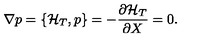
\nabla p = \{ { \cal H } _ { T } , p \} = - { \frac { \partial { \cal H } _ { T } } { \partial X } } = 0 .